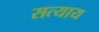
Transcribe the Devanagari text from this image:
सत्याय